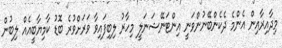
މިދާއިރާއިން އެންމެ ދެކެންބޭނުންވަނީ އިންޓަނޭޝަނަލީ މިހާރު ލިބިފައިވާ ވަރަށްވުރެ ބޮޑު ކާމިޔާބީއެއް ލިބުން